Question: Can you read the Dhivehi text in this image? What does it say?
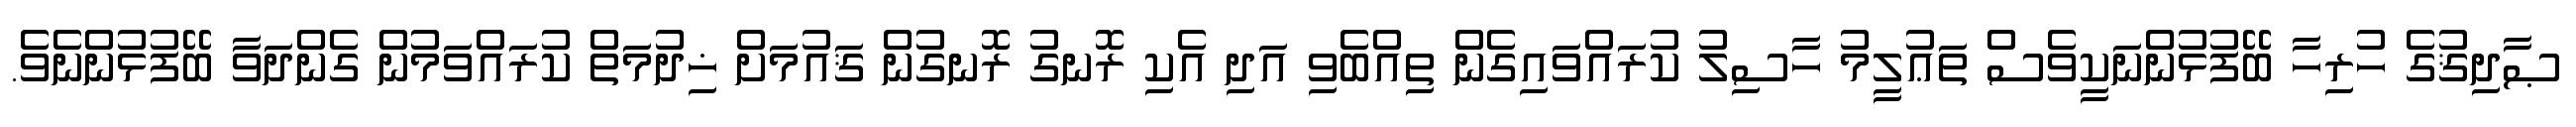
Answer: ޞާދިޤުގެ ހުރިހާ ބޭފުޅުންނަކީވެސް ތަޢުލީމު ހާސިލު ކުރައްވައިގެން ތިއްބެވި އަދި އެކި ރޮނގު ރޮނގުން ޤައުމަށް ޚިދުމަތް ކުރައްވަމުން ގެންދަވާ ބޭފުޅުންނެވެ.